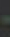
-